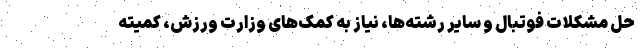
حل مشکلات فوتبال و سایر رشته‌ها، نیاز به کمک‌های وزارت ورزش، کمیته